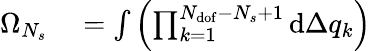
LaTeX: \begin{array}{rl}{\Omega_{N_{s}}}&{{}=\int{\left(\prod_{k=1}^{N_{\mathrm{dof}}-N_{s}+1}{\mathrm{d}\Delta q_{k}}\right)}}\end{array}